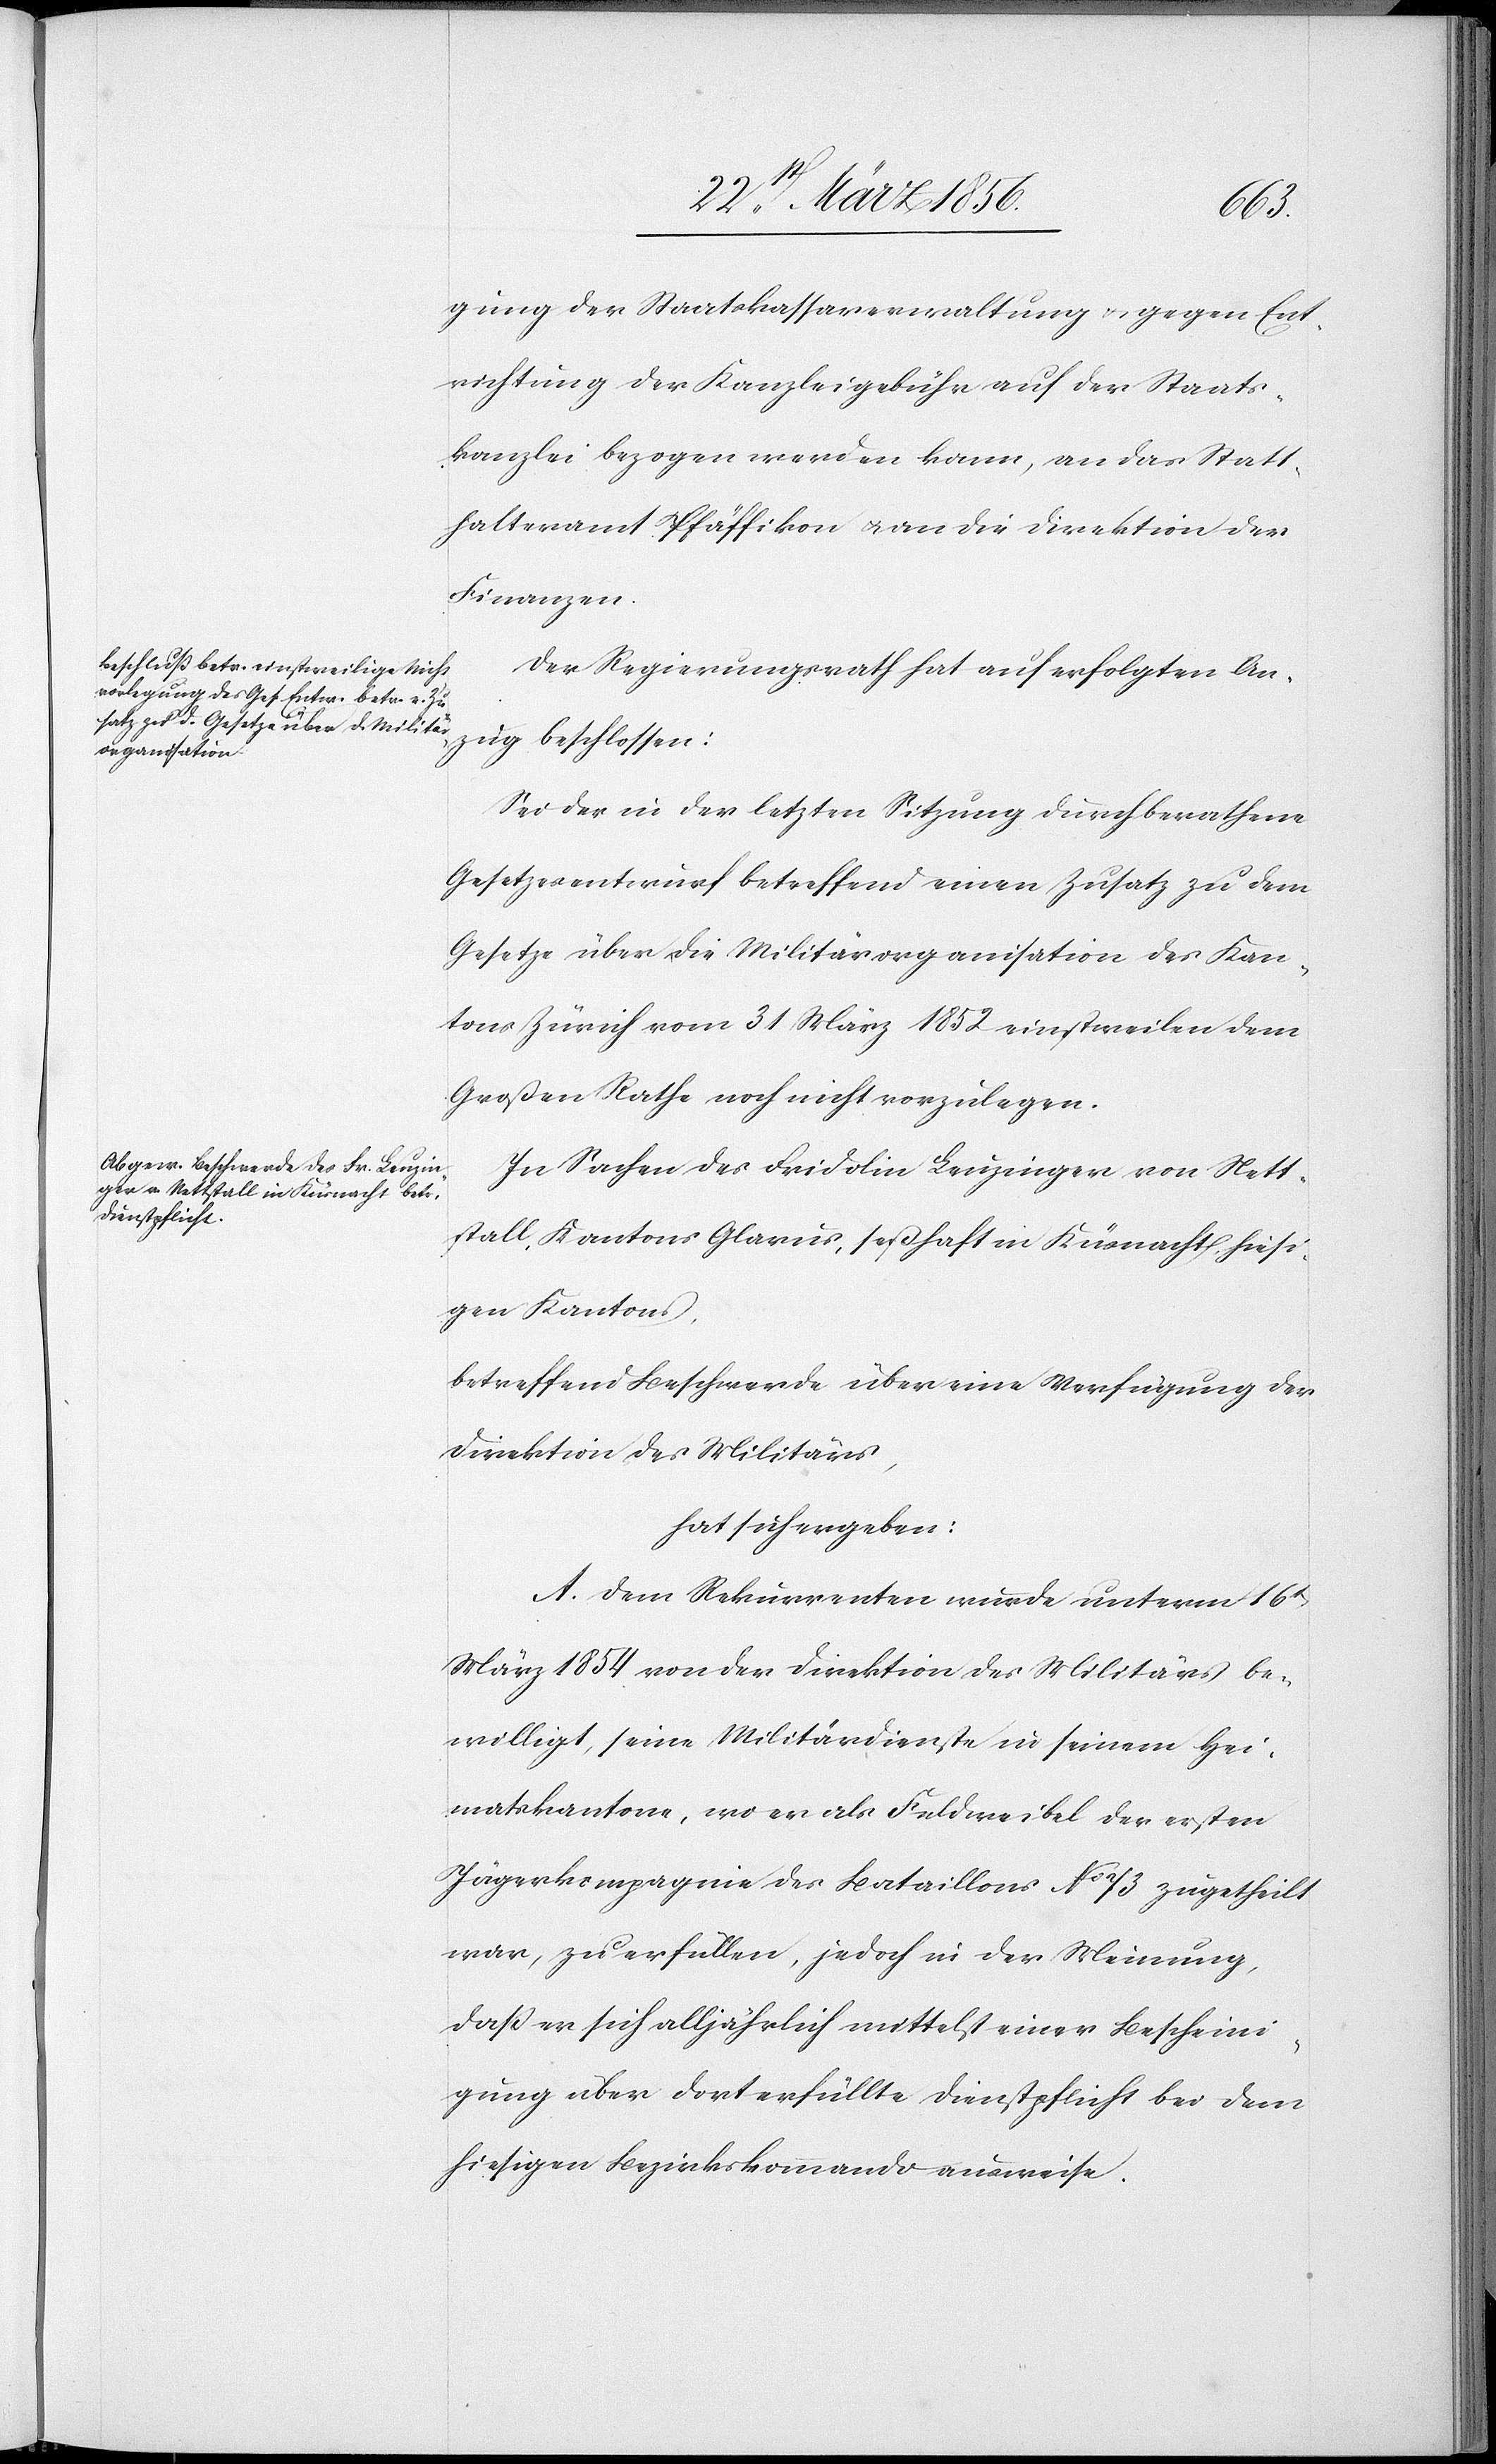
zug
gung der Staatskassaverwaltung & gegen Ent¬
richtung der Kanzleigebühr auf der Staats¬
kanzlei bezogen werden kann, an das Statt¬
halteramt Pfäffikon u. an die Direktion der
Finanzen.
Der Regierungsrath hat auf erfolgten An¬
Sei der in der letzten Sitzung durchberathene
Gesetzesentwurf betreffend einen Zusatz zu dem
Gesetze über die Militärorganisation des Kan¬
tons Zürich vom 31 März 1852 einstweilen dem
Großen Rathe noch nicht vorzulegen.
In Sachen des Fridolin Leuzinger von Nett¬
stall, Kantons Glarus, seßhaft in Küsnacht, hiesi¬
gen Kantons,
betreffend Beschwerde über eine Verfügung der
Direktion des Militärs,
hat sich ergeben:
A. Dem Rekurrenten wurde unterm 16t
März 1854 von der Direktion des Militärs be¬
willigt, seine Militärdienste in seinen Hei¬
matskantone, wo er als Feldweibel der ersten
Jägerkompagnie des Bataillons No 73 zugetheilt
war, zu erfüllen, jedoch in der Meinung,
daß er sich alljährlich mittelst einer Bescheini¬
gung über dort erfüllte Dienstpflicht bei dem
hiesigen Bezirkskommando ausweise.